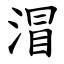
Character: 㴘